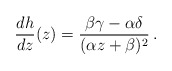
\begin{align*} \frac{dh}{dz}(z) = \frac{\beta \gamma - \alpha \delta}{(\alpha z + \beta)^2}\,.\end{align*}